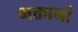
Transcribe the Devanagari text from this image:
भक्तानां